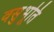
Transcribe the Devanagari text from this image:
वसुभूति